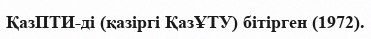
ҚазПТИ-ді (қазіргі ҚазҰТУ) бітірген (1972).